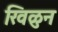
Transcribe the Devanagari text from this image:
खिळुन